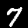
Label: 7